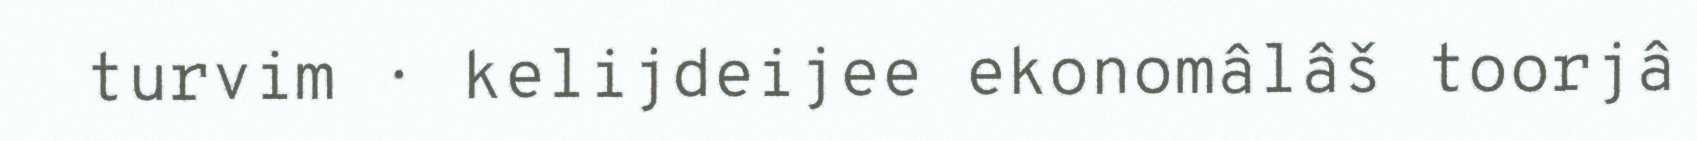
turvim · kelijdeijee ekonomâlâš toorjâ